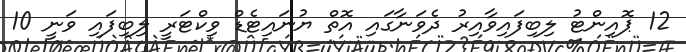
12 ޕޮއިންޓު ލިބިފައިވާއިރު ދެވަނާގައި އޮތް ޔުނައިޓެޑް ވިކްޓަރީ ލިބިފައި ވަނީ 10